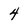
Character: 4